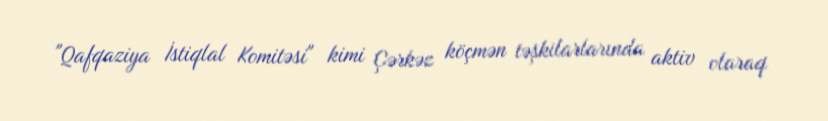
"Qafqaziya İstiqlal Komitəsi" kimi Çərkəz köçmən təşkilarlarında aktiv olaraq